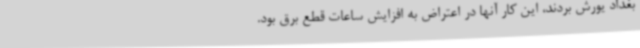
بغداد یورش بردند، این کار آنها در اعتراض به افزایش ساعات قطع برق بود.